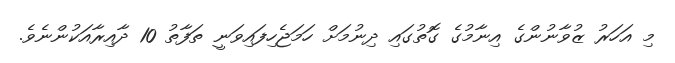
މި އަހަރު ޒުވާނުންގެ އިނާމުގެ ގޮތުގައި ދިނުމަށް ހަމަޖެހިފައިވަނީ ތަފާތު 10 ދާއިރާއަކުންނެވެ.